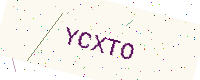
Text: YCXTO